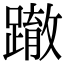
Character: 𨅊